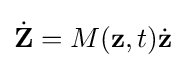
{\dot {\mathbf {Z} }}=M({\mathbf {z} },t){\dot {\mathbf {z} }}